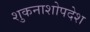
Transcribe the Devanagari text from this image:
शुकनाशोपदेश